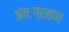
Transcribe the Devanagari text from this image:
अंतःग्रहण